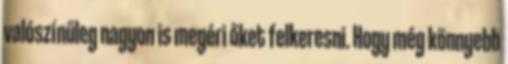
valószínűleg nagyon is megéri őket felkeresni. Hogy még könnyebb